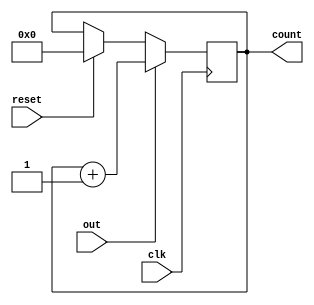
module score(reset, clk, out, count);
  input reset;
  input clk;
  input out;
  output [4:0] count;
  
  //reg out;
  reg [4:0] count;
  
  initial
    count<=0;
  
  always @(posedge clk)
    begin 
      if (out == 1)
        begin
          
        count <= count + 1;
        
        end
     else if (reset == 1)
      begin
      count <= 0;
      
      end
    end
  
  
 
  
endmodule